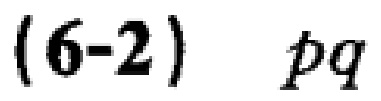
\((6 - 2)\ pq\)